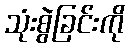
သုံးစွဲခြင်းကို